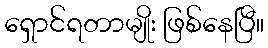
ရှောင်ရတာမျိုး ဖြစ်နေပြီ။